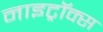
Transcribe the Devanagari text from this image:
नाइट्रॉक्स